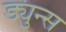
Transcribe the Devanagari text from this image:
ड्युन्स